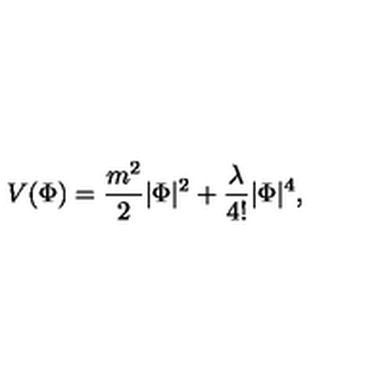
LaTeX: V ( \Phi ) = \frac { m ^ { 2 } } { 2 } | \Phi | ^ { 2 } + \frac { \lambda } { 4 ! } | \Phi | ^ { 4 } ,